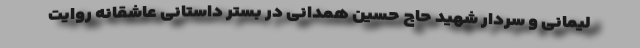
لیمانی و سردار شهید حاج حسین همدانی در بستر داستانی عاشقانه روایت